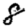
Digit: 8